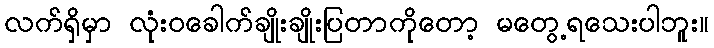
လက်ရှိမှာ လုံးဝခေါက်ချိုးချိုးပြတာကိုတော့ မတွေ့ရသေးပါဘူး။